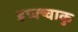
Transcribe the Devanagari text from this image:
इच्क्ष्वाकु